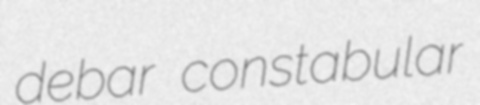
debar constabular